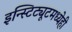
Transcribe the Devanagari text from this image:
इन्स्टिट्यूटमध्येही